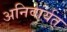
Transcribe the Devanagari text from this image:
अनिवार्यत्